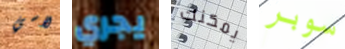
لاسي يجري يمكنك سوبر